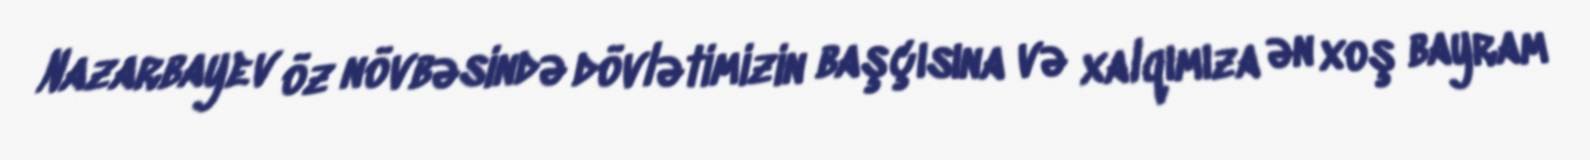
Nazarbayev öz növbəsində dövlətimizin başçısına və xalqımıza ən xoş bayram